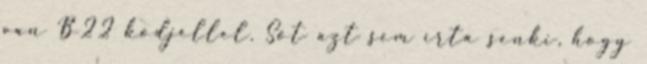
van B22 kódjellel. Sőt azt sem írta senki, hogy